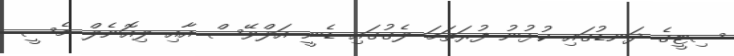
ސިޓީގެ ދަނޑުގައި ކުޅުނު ފުރަތަމަ ލެގުގައި ޑެނީ އަލްވޭސް އާއި ލިއޮނެލް މެސީ